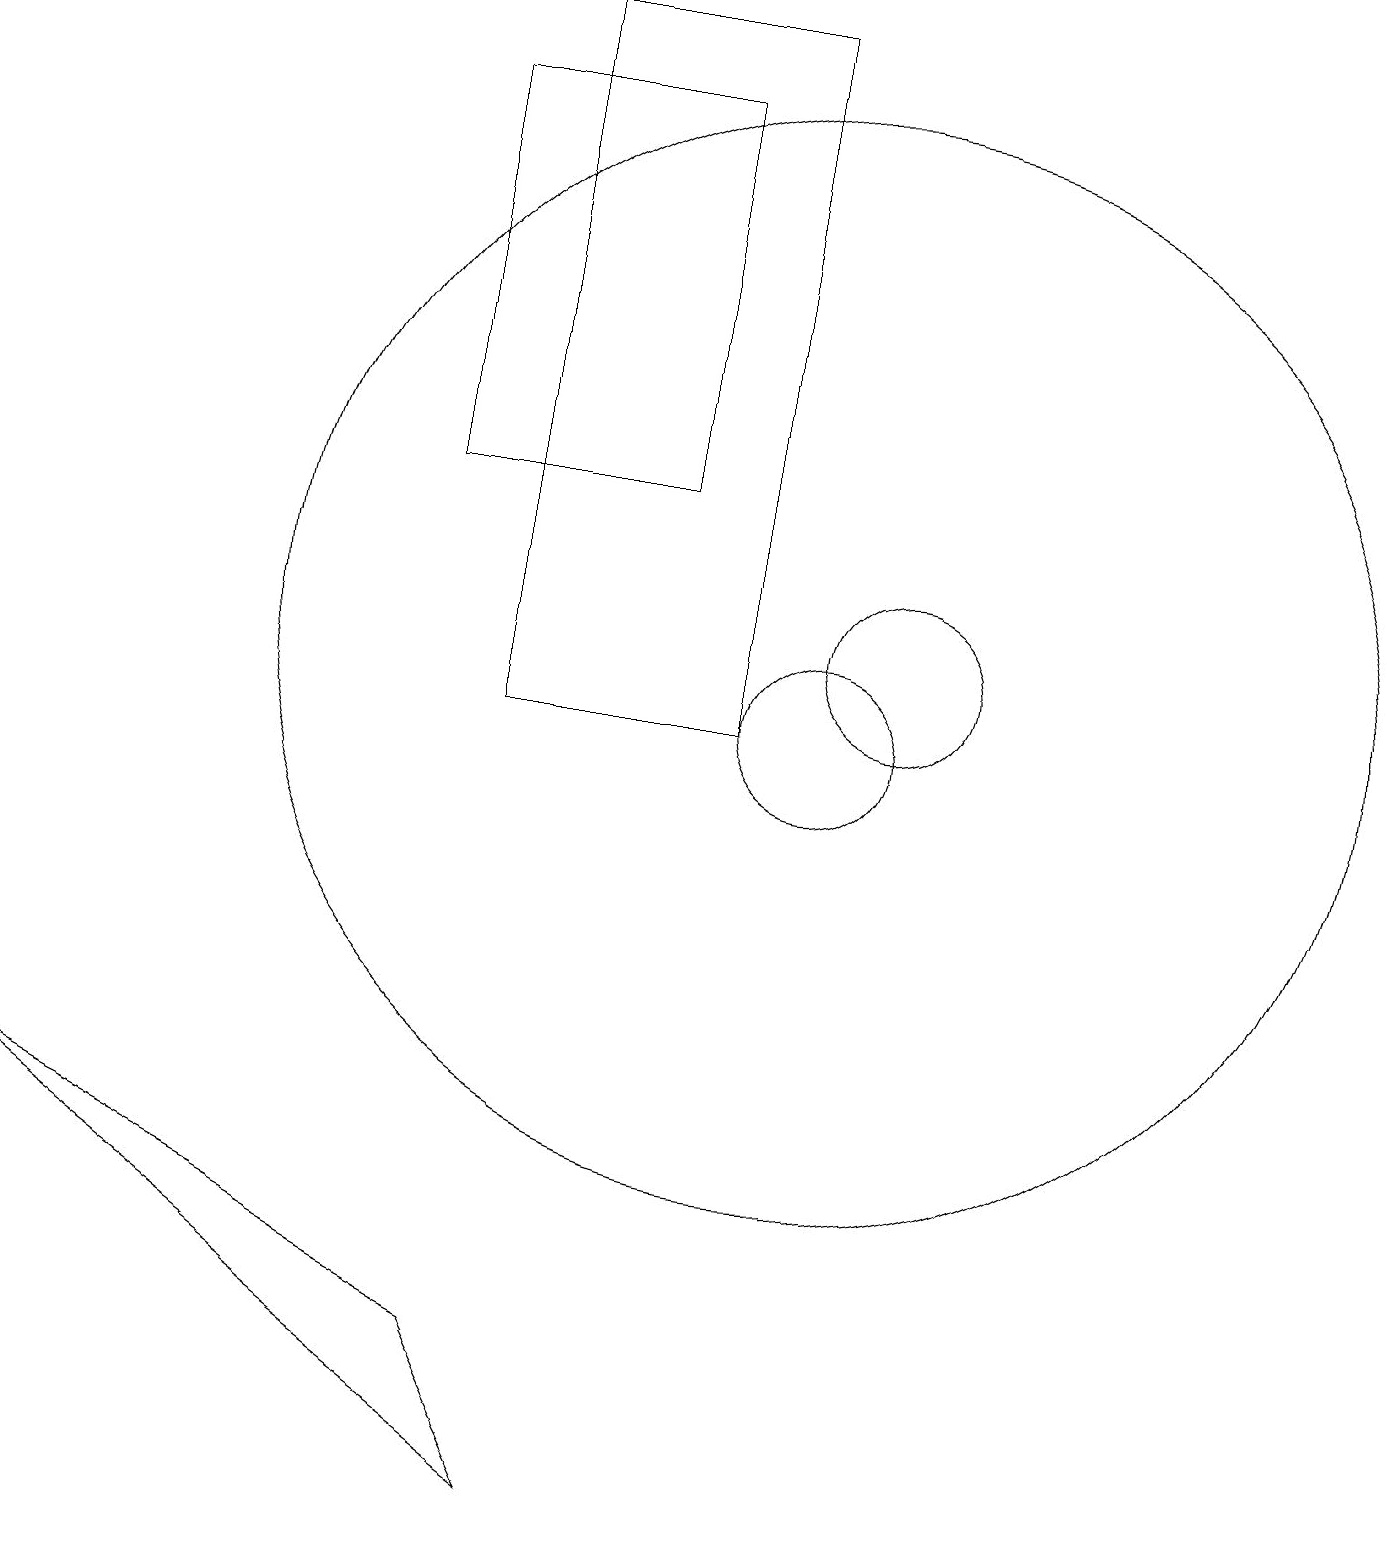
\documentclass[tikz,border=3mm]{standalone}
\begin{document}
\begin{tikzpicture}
\draw (6,2) -- (0,5) -- (7,0) -- cycle;
\draw (10,11) circle (7);
\draw (5,18) rectangle (8,13);
\draw (11,11) circle (1);
\draw (10,10) circle (1);
\draw (6,19) rectangle (9,10);
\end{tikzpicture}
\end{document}